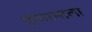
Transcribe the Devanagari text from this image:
श्रृंगारमाला